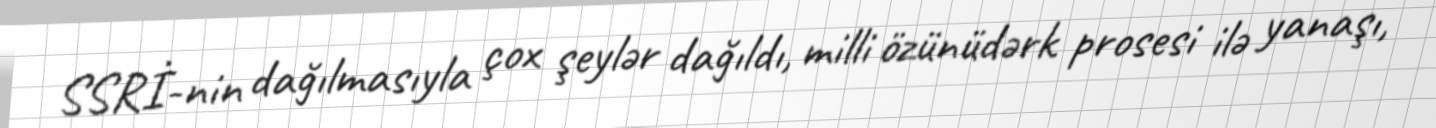
SSRİ-nin dağılmasıyla çox şeylər dağıldı, milli özünüdərk prosesi ilə yanaşı,